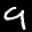
Label: 9